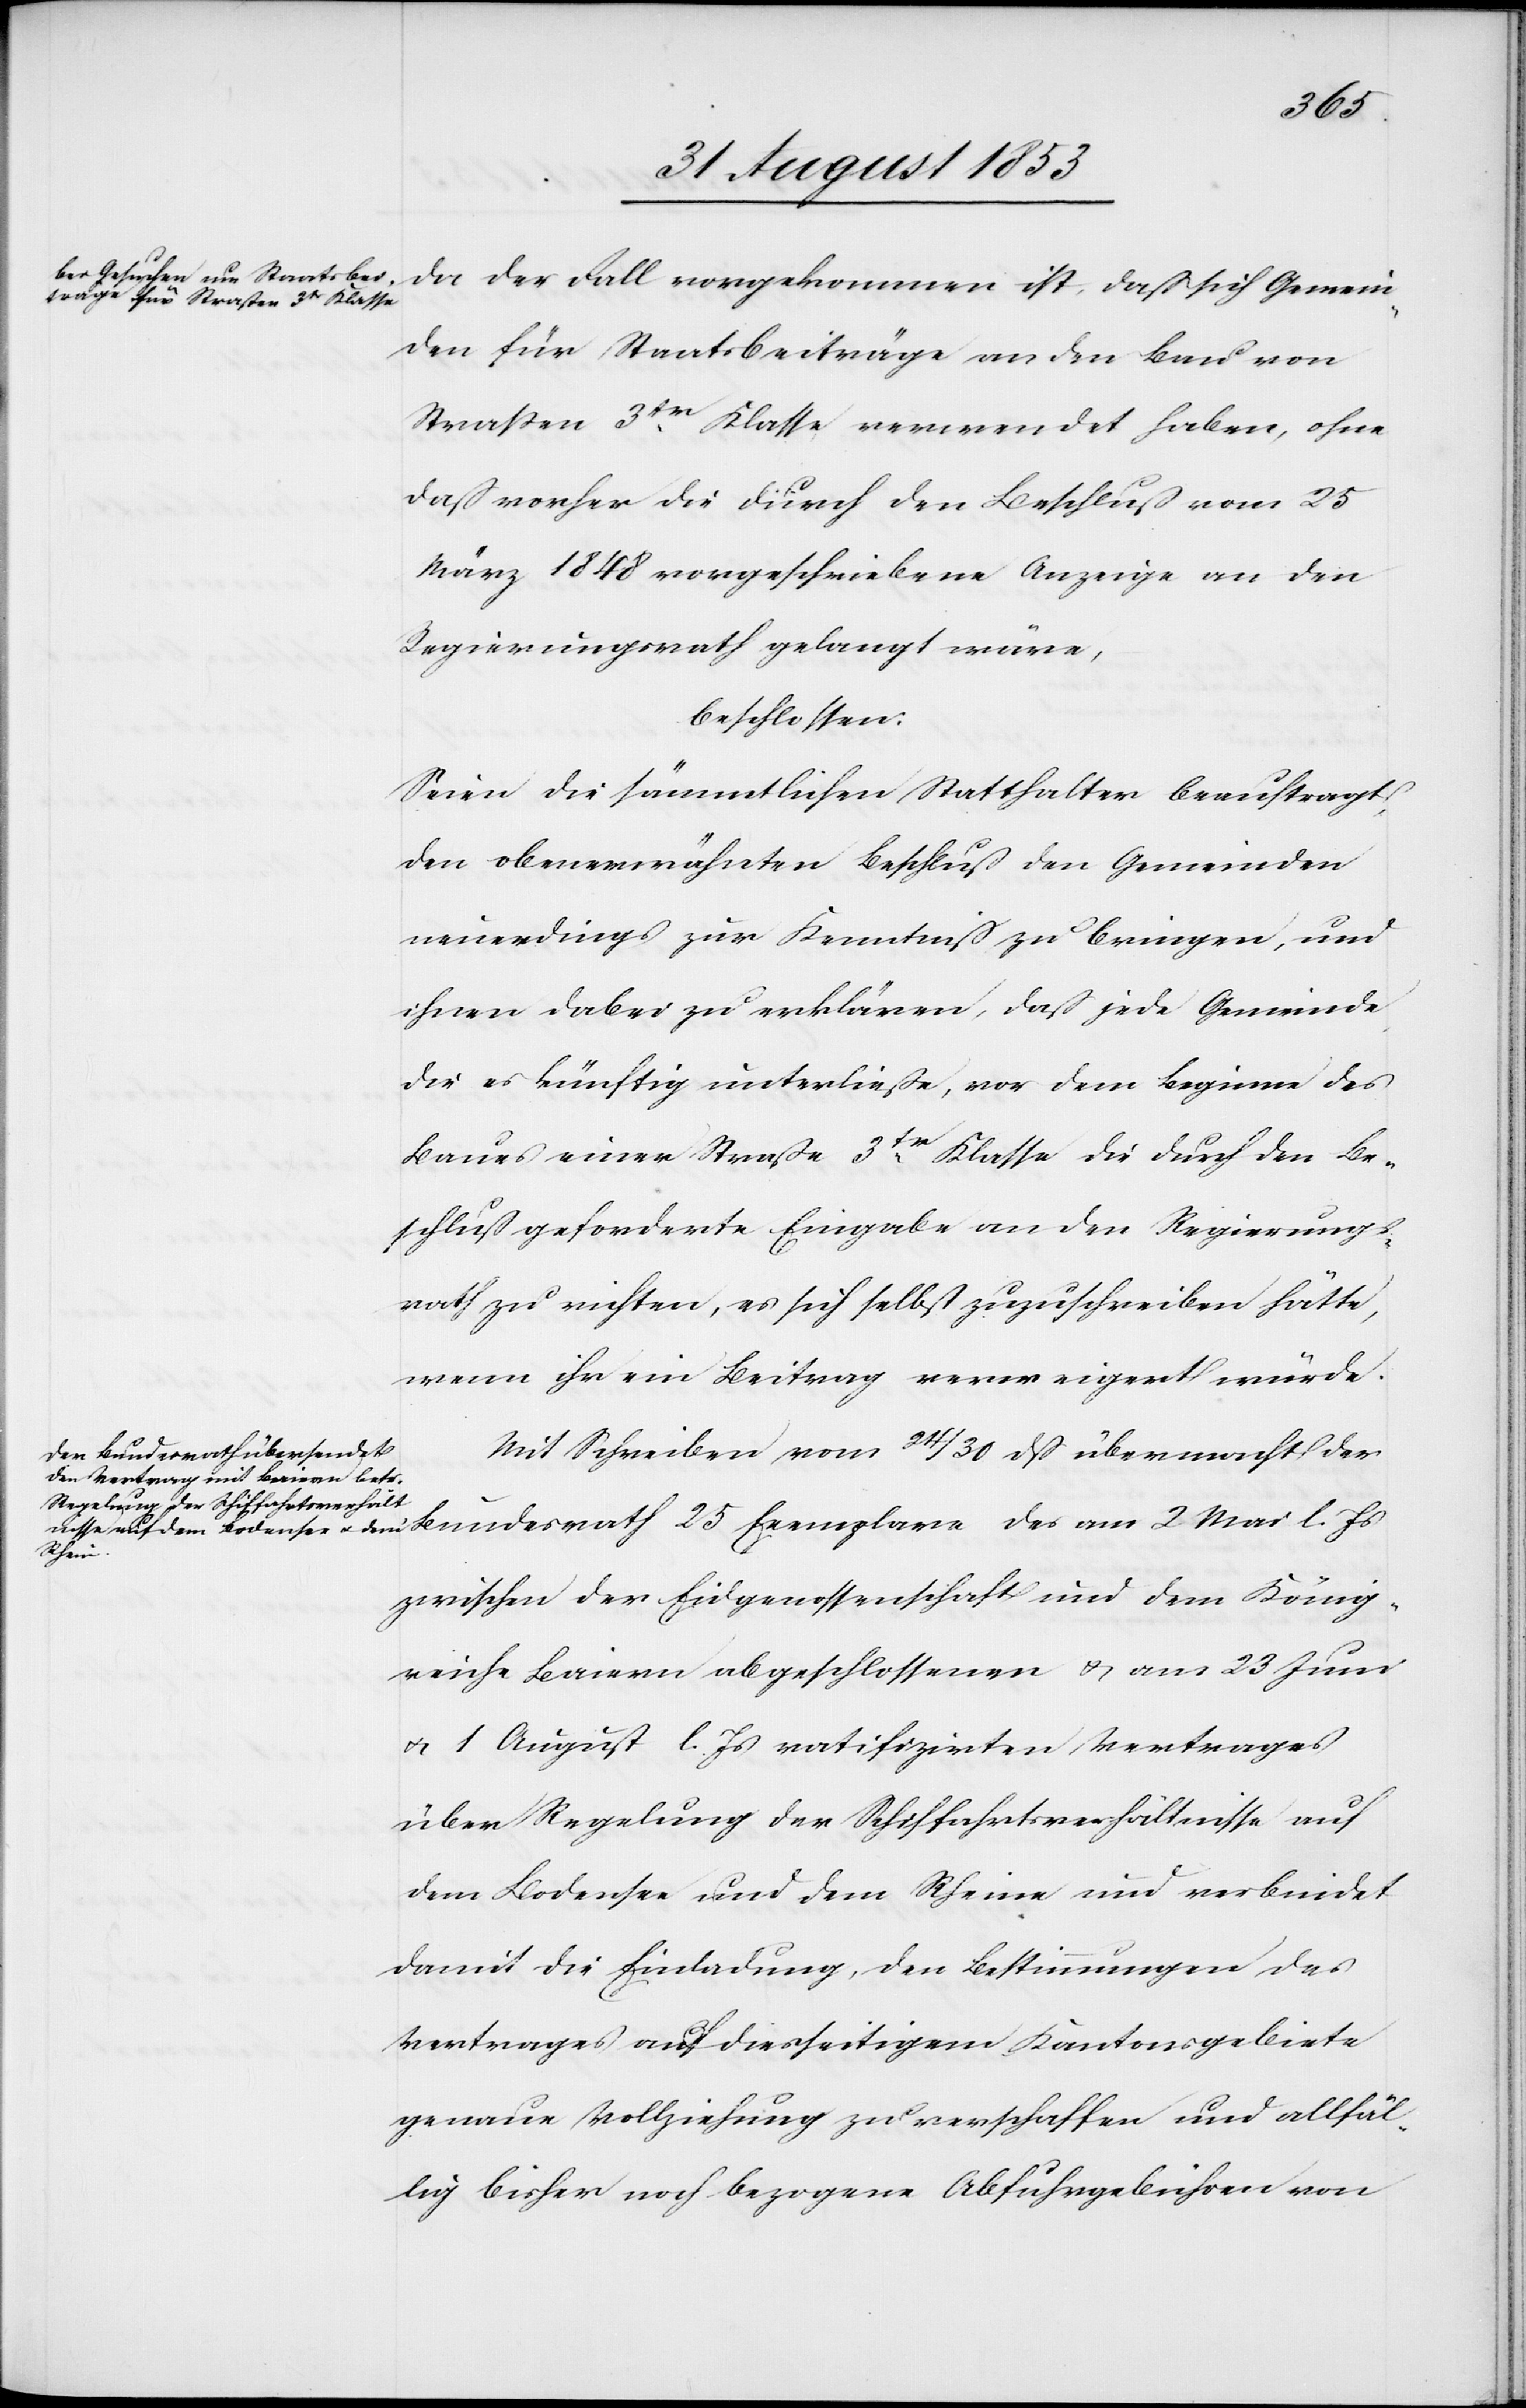
25
da der Fall vorgekommen ist, daß sich Gemein¬
den für Staatsbeiträge an den Bau von
Straßen 3tr Klasse verwendet haben, ohne
daß vorher die durch den Beschluß vom 25
März 1848 vorgeschriebene Anzeige an den
Regierungsrath gelangt wäre,
beschlossen:
Seien die sämmtlichen Statthalter beauftragt,
den obenerwähnten Beschluß den Gemeinden
neuerdings zur Kenntniß zu bringen, und
ihnen dabei zu erklären, daß jede Gemeinde
die es künftig unterließe, vor dem Beginn des
Baues einer Straße 3tr Klasse die durch den Be¬
schluß geforderte Eingabe an den Regierungs¬
rath zu richten, es sich selbst zuzuschreiben hätte,
wenn ihr ein Beitrag verweigert würde.
Mit Schreiben vom 24/30 dß übermacht der
zwischen der Eidgenossenschaft und dem König¬
reich Baiern abgeschlossenen u. am 23 Juni
u. 1 August l. Js. ratifizirten Vertrages
über Regelung der Schiffahrtsverhältnisse auf
dem Bodensee und dem Rheine und verbindet
damit die Einladung, den Bestimmungen des
Vertrages auf diesseitigem Kantonsgebiete
genaue Vollziehung zu verschaffen und allfäl¬
lig bisher noch bezogene Abfuhrgebühren von